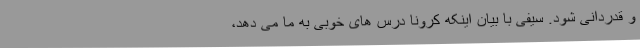
و قدردانی شود. سیفی با بیان اینکه کرونا درس های خوبی به ما می دهد،